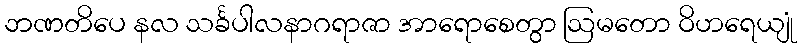
ဘဏတိပေ နလ သင်္ခပါလနာဂရာဇာ အာရောစေတွာ ဩမတော ဝိဟရေယျုံ